Report on the lunatic asylums under the Government of Bombay - 1904-1913
Year: 1904
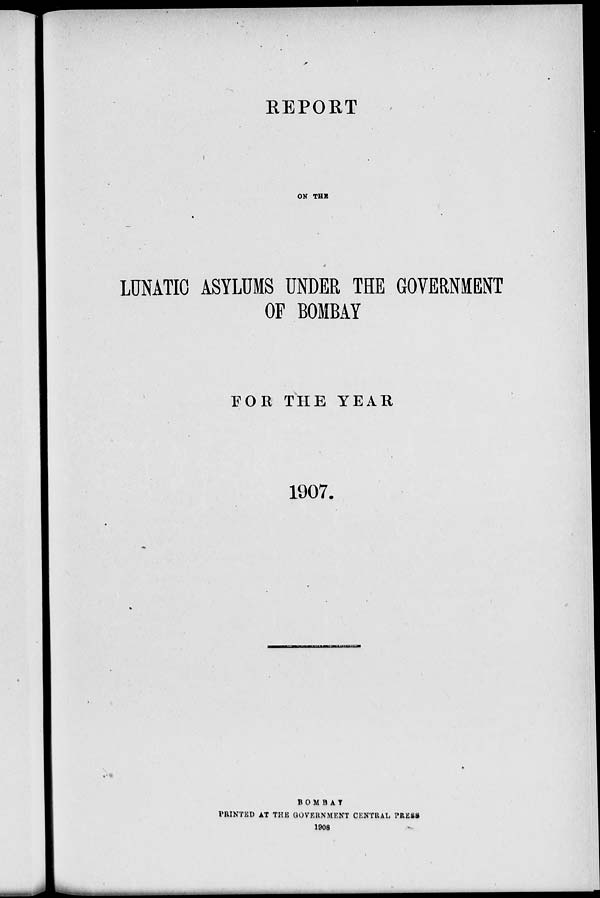
REPORT
ON THE
LUNATIC ASYLUMS UNDER THE GOVERNMENT
OF BOMBAY
FOR THE YEAR
1907.
BOMBAY
PRINTED AT THE GOVERNMENT CENTRAL PRESS
1908